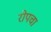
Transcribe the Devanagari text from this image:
रोपचा